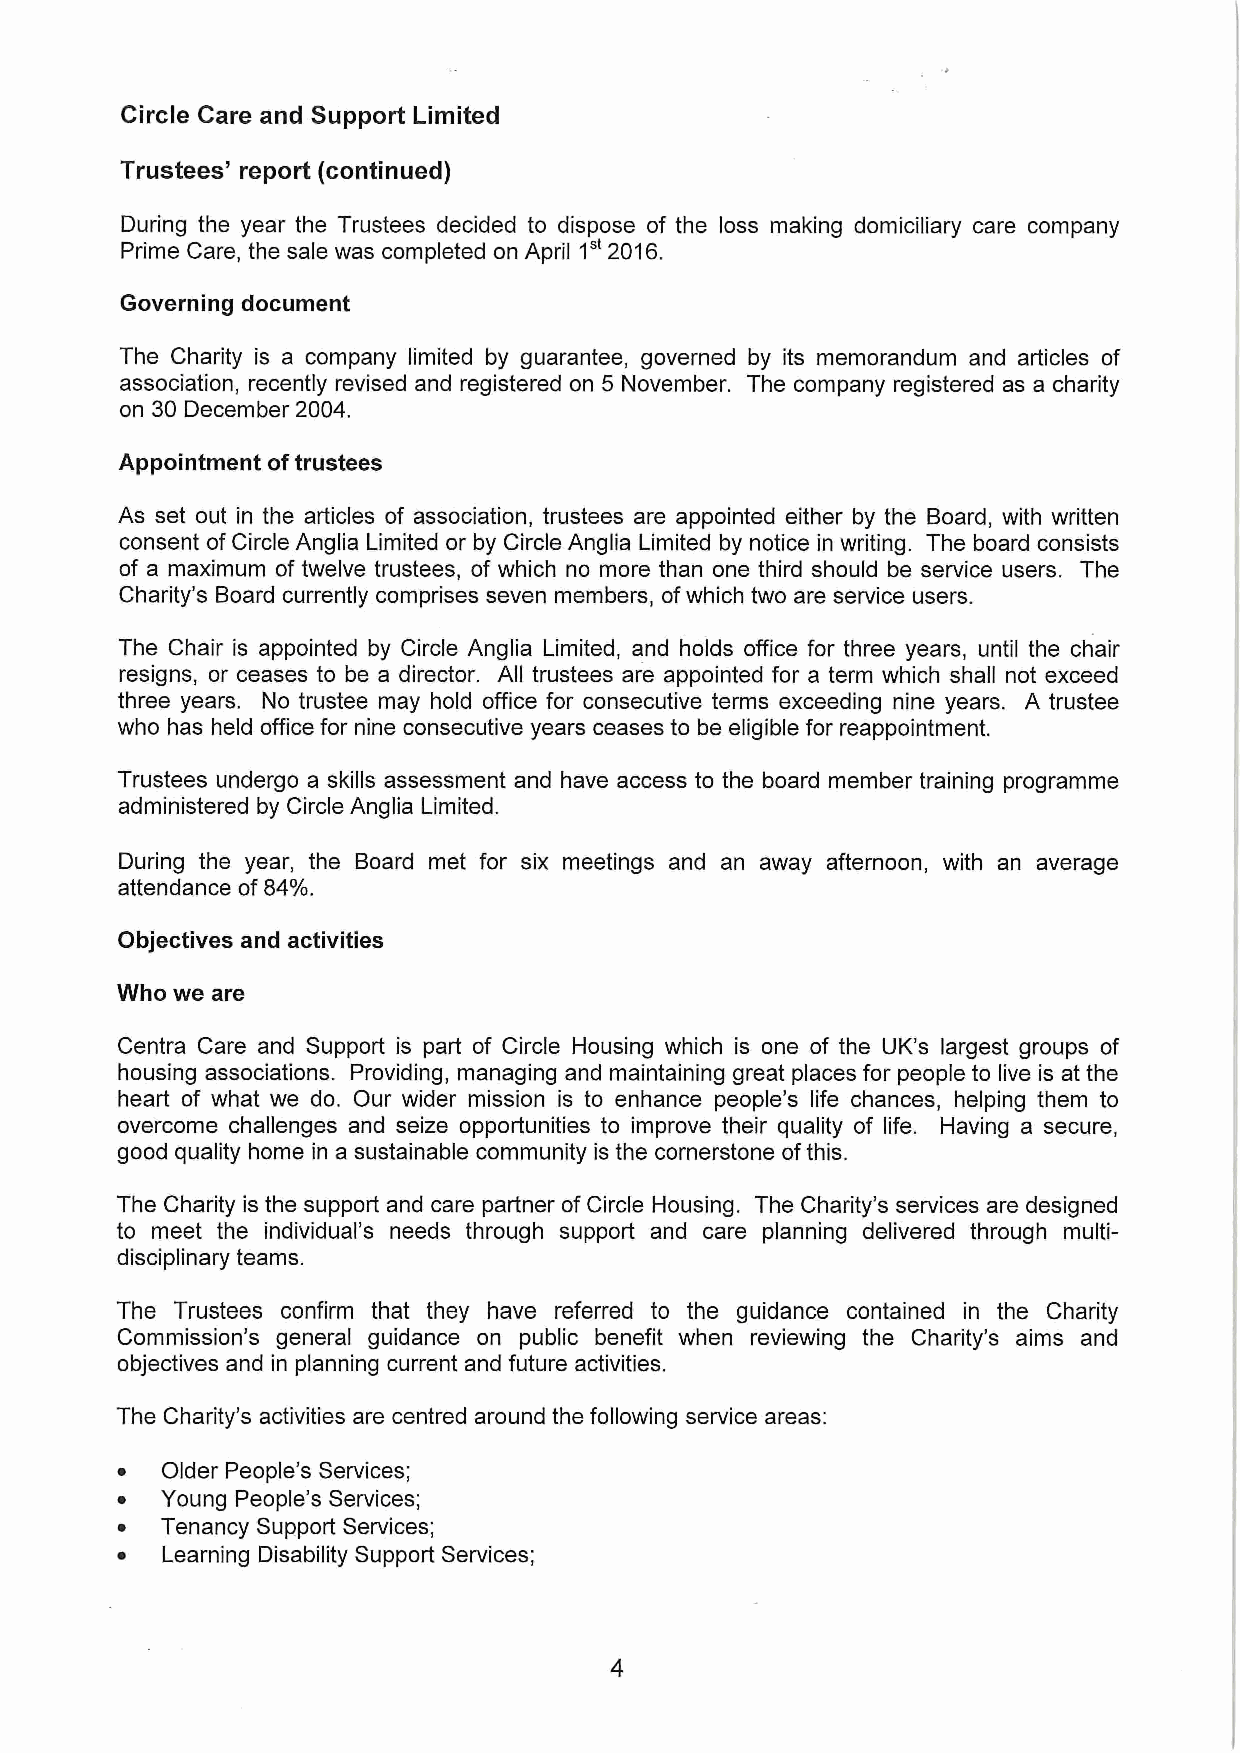
Circle Care and Support Limited
 Trustees' report (continued)
 During the year the Trustees decided to dispose of the loss making domiciliary care company
 1"
 Prime Care, the sale was completed on April 2016.
 Governing document
 The Charity is a company limited by guarantee, governed by its memorandum and articles of
 association, recently revised and registered on 5 November. The company registered as a charity
 on 30 December 2004.
 Appointment oftrustees
 As set out in the articles of association, trustees are appointed either by the Board, with written
 consent of Circle Anglia Limited or by Circle Anglia Limited by notice in writing. The board consists
 of a maximum of twelve trustees, of which no more than one third should be service users. The
 Charity's Board currently comprises seven members, ofwhich two are service users.
 The Chair is appointed by Circle Anglia Limited, and holds office for three years, until the chair
 resigns, or ceases to be a director. All trustees are appointed for a term which shall not exceed
 three years. No trustee may hold office for consecutive terms exceeding nine years. A trustee
 who has held office for nine consecutive years ceases to be eligible for reappointment.
 Trustees undergo a skills assessment and have access to the board member training programme
 administered by Circle Anglia Limited.
 During the year, the Board met for six meetings and an away afternoon, with an average
 attendance of 84%.
 Objectives and activities
 Who we are
 Centra Care and Support is part of Circle Housing which is one of the UK's largest groups of
 housing associations. Providing, managing and maintaining great places for people to live is at the
 heart of what we do. Our wider mission is to enhance people's life chances, helping them to
 overcome challenges and seize opportunities to improve their quality of life. Having a secure,
 good quality home in a sustainable community is the cornerstone ofthis.
 The Charity is the support and care partner of Circle Housing. The Charity's services are designed
 to meet the individual's needs through support and care planning delivered through multi-
 disciplinary teams.
 The Trustees confirm that they have referred to the guidance contained in the Charity
 Commission*s general guidance on public benefit when reviewing the Charity's aims and
 objectives and in planning current and future activities.
 The Charity's activities are centred around the following service areas:
 ~  Older People's Services;
 ~  Young People's Services;
 ~  Tenancy Support Services;
 ~  Learning Disability Support Services;